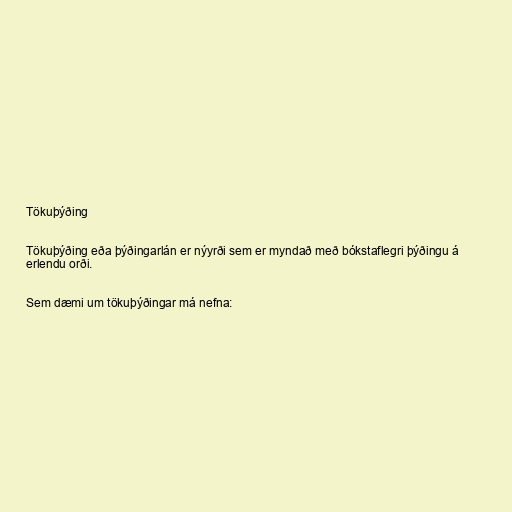
Tökuþýðing

Tökuþýðing eða þýðingarlán er nýyrði sem er myndað með bókstaflegri þýðingu á
erlendu orði.

Sem dæmi um tökuþýðingar má nefna: